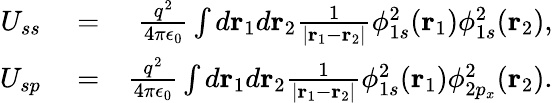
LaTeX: \begin{array}{rlr}{U_{ss}}&{{}=}&{\frac{q^{2}}{4\pi\epsilon_{0}}\int d{\mathbf r}_{1}d{\mathbf r}_{2}\frac{1}{|{\mathbf r}_{1}-{\mathbf r}_{2}|}\phi_{1s}^{2}({\mathbf r}_{1})\phi_{1s}^{2}({\mathbf r}_{2}),}\\ {U_{sp}}&{{}=}&{\frac{q^{2}}{4\pi\epsilon_{0}}\int d{\mathbf r}_{1}d{\mathbf r}_{2}\frac{1}{|{\mathbf r}_{1}-{\mathbf r}_{2}|}\phi_{1s}^{2}({\mathbf r}_{1})\phi_{2p_{x}}^{2}({\mathbf r}_{2}).}\end{array}